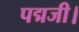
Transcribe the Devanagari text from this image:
पद्मजी।